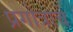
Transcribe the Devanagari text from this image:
प्रगोत्राचे